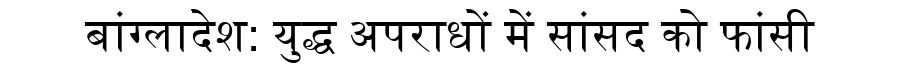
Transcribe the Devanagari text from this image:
बांग्लादेश: युद्ध अपराधों में सांसद को फांसी